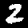
Digit: 2